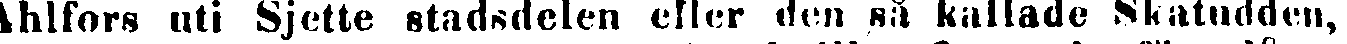
Ahlfors uti Sjette stadsdelen eller den så kallade Skatudden,